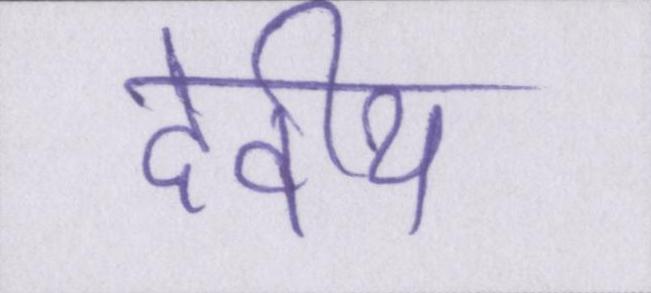
देवीय